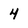
Character: 4